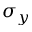
\sigma _ { y }